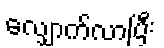
လျှောက်လာပြီး